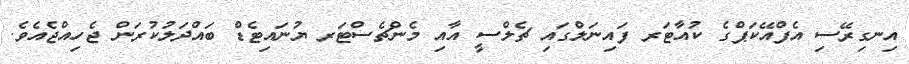
އިނގިރޭސި އެފްއޭކަޕްގެ ކުއާޓަރ ފައިނަލްގައި ޗެލްސީ އާއި މެންޗެސްޓަރ ޔުނައިޓެޑް ބައްދަލުކުރަން ޖެހިއްޖެއެވެ.